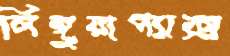
লিঙ্গুয়াপ্যাক্স